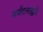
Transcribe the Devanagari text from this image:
पर्यटनाद्वारे